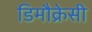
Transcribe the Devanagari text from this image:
डिमौक्रेसी